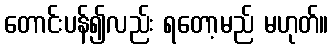
တောင်းပန်၍လည်း ရတော့မည် မဟုတ်။